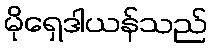
မိုရှေဒါယန်သည်